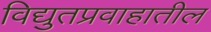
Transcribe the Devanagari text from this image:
विद्युतप्रवाहातील